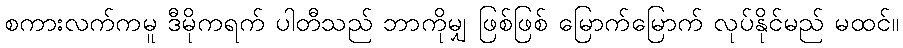
စကားလက်ကမူ ဒီမိုကရက် ပါတီသည် ဘာကိုမျှ ဖြစ်ဖြစ် မြောက်မြောက် လုပ်နိုင်မည် မထင်။